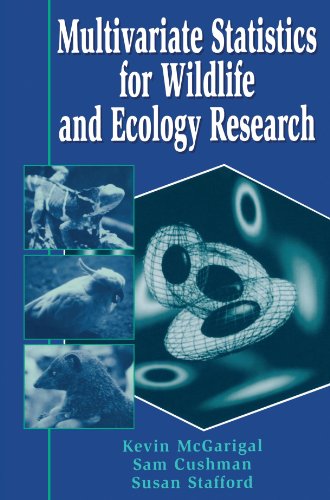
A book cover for Multivariate Statistics for Wildlife and Ecology Research; Kevin McGarigal; Medical Books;